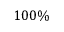
1 0 0 \%